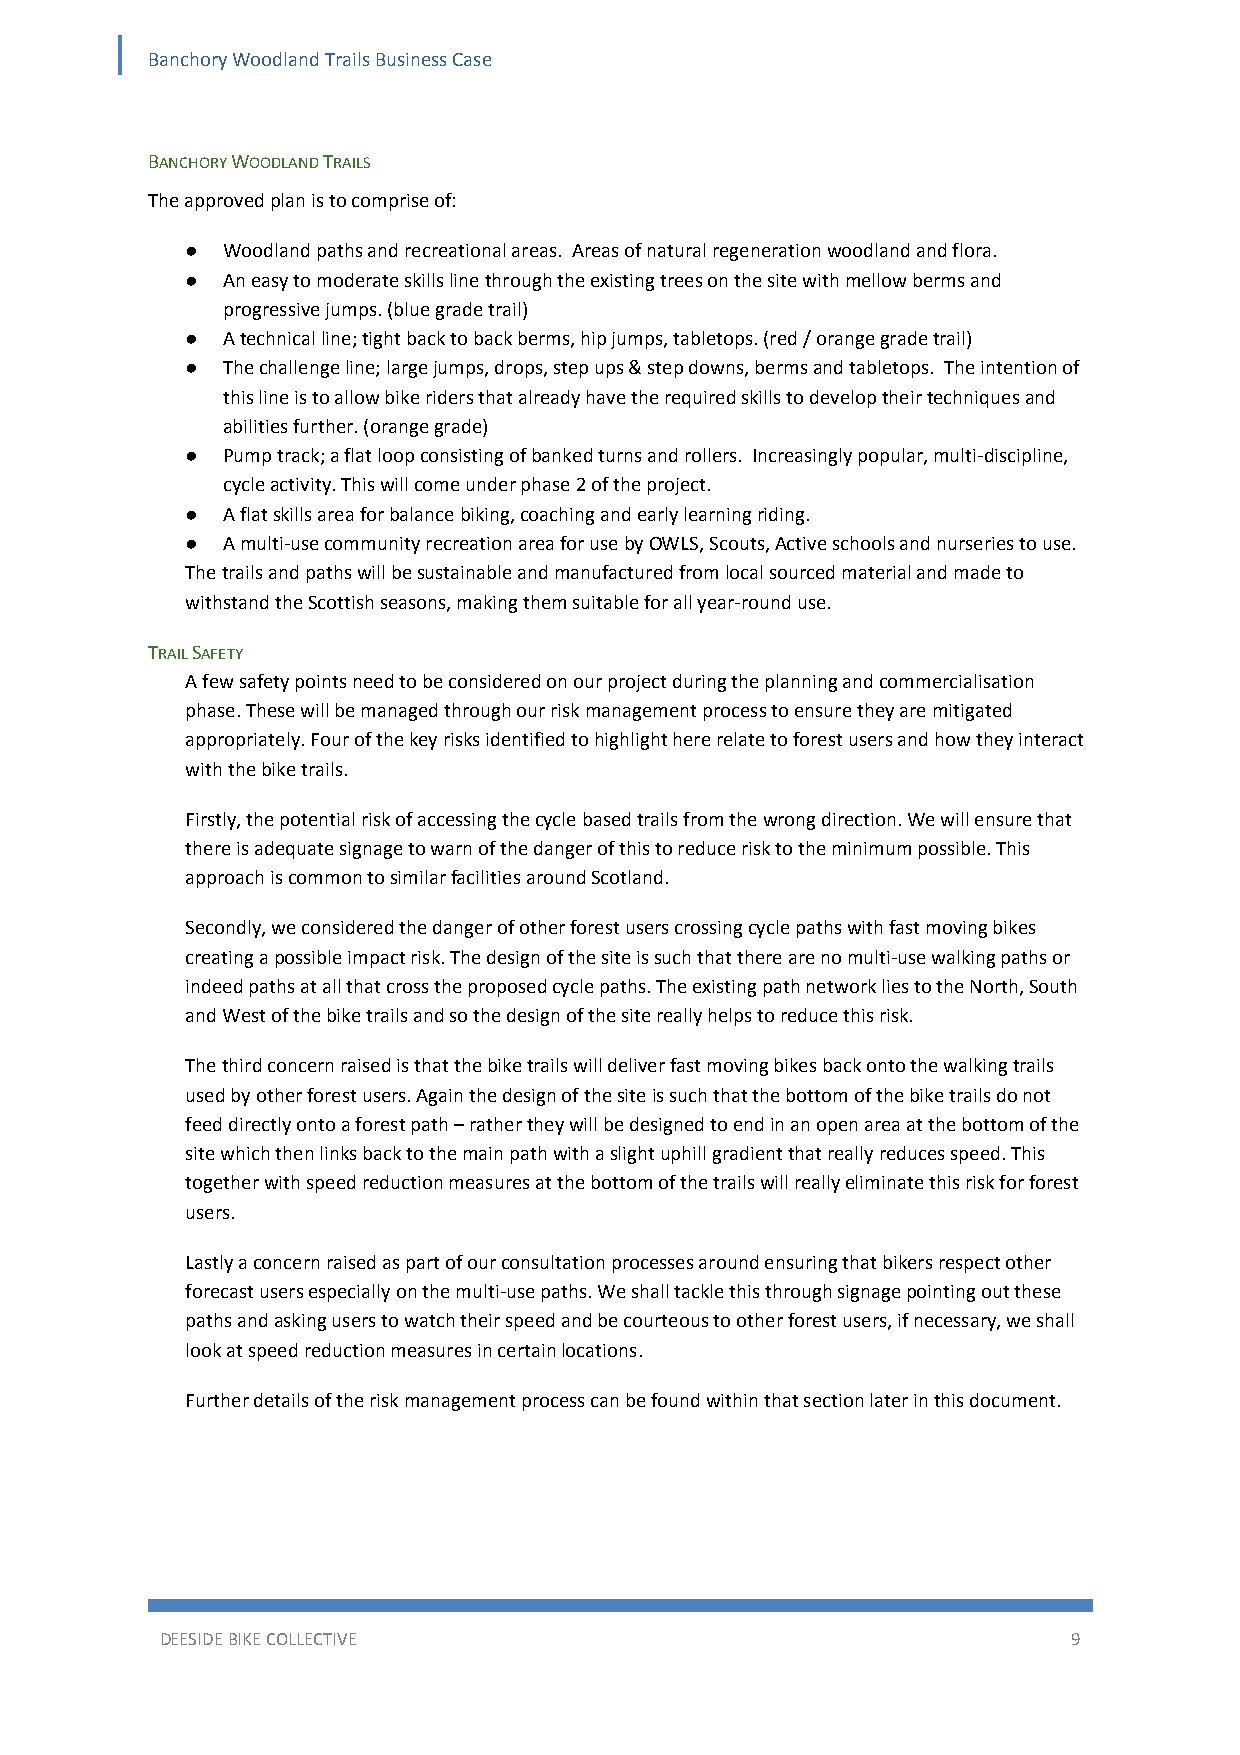
Banchory Woodland Trails Business Case
 BANCHORY WOODLAND TRAILS
 The approved plan is to comprise of:
 ●  Woodland paths and recreational areas. Areas of natural regeneration woodland and flora.
 ●  An easy to moderate skills line through the existing trees on the site with mellow berms and
 progressive jumps. (blue grade trail)
 ●  A technical line; tight back to back berms, hip jumps, tabletops. (red / orange grade trail)
 ●  The challenge line; large jumps, drops, step ups & step downs, berms and tabletops. The intention of
 this line is to allow bike riders that already have the required skills to develop their techniques and
 abilities further. (orange grade)
 ●  Pump track; a flat loop consisting of banked turns and rollers. Increasingly popular, multi‐discipline,
 cycle activity. This will come under phase 2 of the project.
 ●  A flat skills area for balance biking, coaching and early learning riding.
 ●  A multi‐use community recreation area for use by OWLS, Scouts, Active schools and nurseries to use.
 The trails and paths will be sustainable and manufactured from local sourced material and made to
 withstand the Scottish seasons, making them suitable for all year‐round use.
 TRAIL SAFETY
 A few safety points need to be considered on our project during the planning and commercialisation
 phase. These will be managed through our risk management process to ensure they are mitigated
 appropriately. Four of the key risks identified to highlight here relate to forest users and how they interact
 with the bike trails.
 Firstly, the potential risk of accessing the cycle based trails from the wrong direction. We will ensure that
 there is adequate signage to warn of the danger of this to reduce risk to the minimum possible. This
 approach is common to similar facilities around Scotland.
 Secondly, we considered the danger of other forest users crossing cycle paths with fast moving bikes
 creating a possible impact risk. The design of the site is such that there are no multi‐use walking paths or
 indeed paths at all that cross the proposed cycle paths. The existing path network lies to the North, South
 and West of the bike trails and so the design of the site really helps to reduce this risk.
 The third concern raised is that the bike trails will deliver fast moving bikes back onto the walking trails
 used by other forest users. Again the design of the site is such that the bottom of the bike trails do not
 feed directly onto a forest path – rather they will be designed to end in an open area at the bottom of the
 site which then links back to the main path with a slight uphill gradient that really reduces speed. This
 together with speed reduction measures at the bottom of the trails will really eliminate this risk for forest
 users.
 Lastly a concern raised as part of our consultation processes around ensuring that bikers respect other
 forecast users especially on the multi‐use paths. We shall tackle this through signage pointing out these
 paths and asking users to watch their speed and be courteous to other forest users, if necessary, we shall
 look at speed reduction measures in certain locations.
 Further details of the risk management process can be found within that section later in this document.
 DEESIDE BIKE COLLECTIVE                                     9